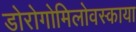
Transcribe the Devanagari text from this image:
डोरोगोमिलोवस्काया